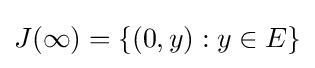
J(\infty )=\{(0,y):y\in E\}